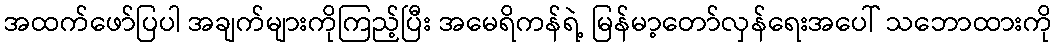
အထက်ဖော်ပြပါ အချက်များကိုကြည့်ပြီး အမေရိကန်ရဲ့ မြန်မာ့တော်လှန်ရေးအပေါ် သဘောထားကို